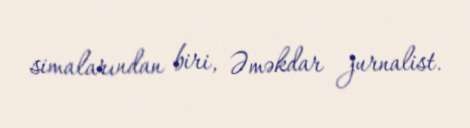
simalarından biri, Əməkdar jurnalist.